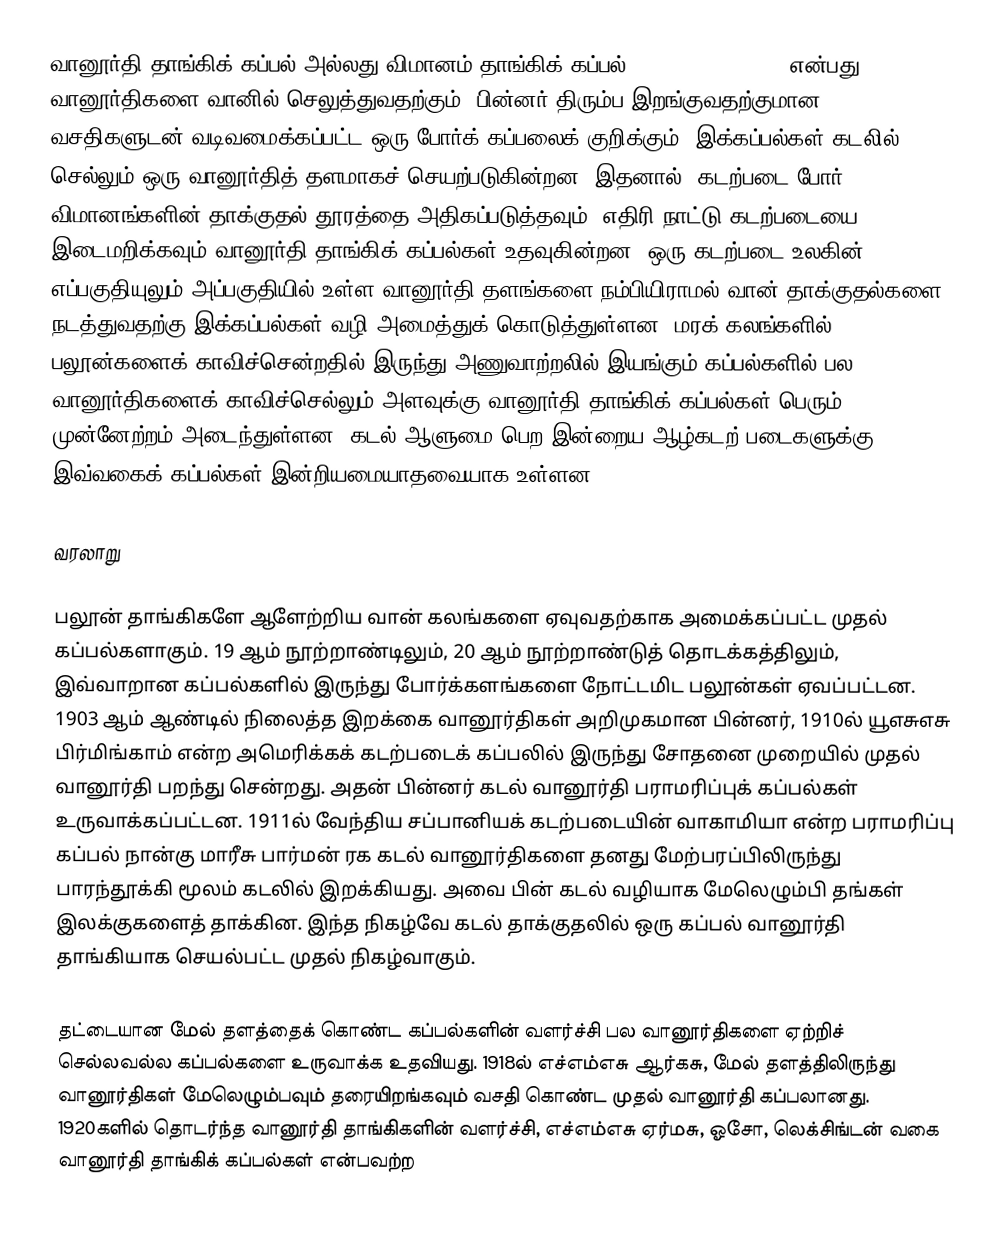
வானூர்தி தாங்கிக் கப்பல் அல்லது விமானம் தாங்கிக் கப்பல் (aircraft carrier) என்பது வானூர்திகளை வானில் செலுத்துவதற்கும், பின்னர் திரும்ப இறங்குவதற்குமான வசதிகளுடன் வடிவமைக்கப்பட்ட ஒரு போர்க் கப்பலைக் குறிக்கும். இக்கப்பல்கள் கடலில் செல்லும் ஒரு வானூர்தித் தளமாகச் செயற்படுகின்றன. இதனால், கடற்படை போர் விமானங்களின் தாக்குதல் தூரத்தை அதிகப்படுத்தவும், எதிரி நாட்டு கடற்படையை இடைமறிக்கவும் வானூர்தி தாங்கிக் கப்பல்கள் உதவுகின்றன. ஒரு கடற்படை உலகின் எப்பகுதியுலும் அப்பகுதியில் உள்ள வானூர்தி தளங்களை நம்பியிராமல் வான் தாக்குதல்களை நடத்துவதற்கு இக்கப்பல்கள் வழி அமைத்துக் கொடுத்துள்ளன. மரக் கலங்களில் பலூன்களைக் காவிச்சென்றதில் இருந்து அணுவாற்றலில் இயங்கும் கப்பல்களில் பல வானூர்திகளைக் காவிச்செல்லும் அளவுக்கு வானூர்தி தாங்கிக் கப்பல்கள் பெரும் முன்னேற்றம் அடைந்துள்ளன. கடல் ஆளுமை பெற இன்றைய ஆழ்கடற் படைகளுக்கு இவ்வகைக் கப்பல்கள் இன்றியமையாதவையாக உள்ளன.

வரலாறு

பலூன் தாங்கிகளே ஆளேற்றிய வான் கலங்களை ஏவுவதற்காக அமைக்கப்பட்ட முதல் கப்பல்களாகும். 19 ஆம் நூற்றாண்டிலும், 20 ஆம் நூற்றாண்டுத் தொடக்கத்திலும், இவ்வாறான கப்பல்களில் இருந்து போர்க்களங்களை நோட்டமிட பலூன்கள் ஏவப்பட்டன. 1903 ஆம் ஆண்டில் நிலைத்த இறக்கை வானூர்திகள் அறிமுகமான பின்னர், 1910ல் யூஎசுஎசு பிர்மிங்காம் என்ற அமெரிக்கக் கடற்படைக் கப்பலில் இருந்து சோதனை முறையில் முதல் வானூர்தி பறந்து சென்றது. அதன் பின்னர் கடல் வானூர்தி பராமரிப்புக் கப்பல்கள் உருவாக்கப்பட்டன. 1911ல் வேந்திய சப்பானியக் கடற்படையின் வாகாமியா என்ற பராமரிப்பு கப்பல் நான்கு மாரீசு பார்மன் ரக கடல் வானூர்திகளை தனது மேற்பரப்பிலிருந்து பாரந்தூக்கி மூலம் கடலில் இறக்கியது. அவை பின் கடல் வழியாக மேலெழும்பி தங்கள் இலக்குகளைத் தாக்கின. இந்த நிகழ்வே கடல் தாக்குதலில் ஒரு கப்பல் வானூர்தி தாங்கியாக செயல்பட்ட முதல் நிகழ்வாகும்.

தட்டையான மேல் தளத்தைக் கொண்ட கப்பல்களின் வளர்ச்சி பல வானூர்திகளை ஏற்றிச் செல்லவல்ல கப்பல்களை உருவாக்க உதவியது. 1918ல் எச்எம்எசு ஆர்கசு, மேல் தளத்திலிருந்து வானூர்திகள் மேலெழும்பவும் தரையிறங்கவும் வசதி கொண்ட முதல் வானூர்தி கப்பலானது. 1920களில் தொடர்ந்த வானூர்தி தாங்கிகளின் வளர்ச்சி, எச்எம்எசு ஏர்மசு, ஓசோ, லெக்சிங்டன் வகை வானூர்தி தாங்கிக் கப்பல்கள் என்பவற்ற